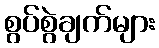
စွပ်စွဲချက်များ